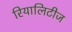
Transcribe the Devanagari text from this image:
रियालिटीज